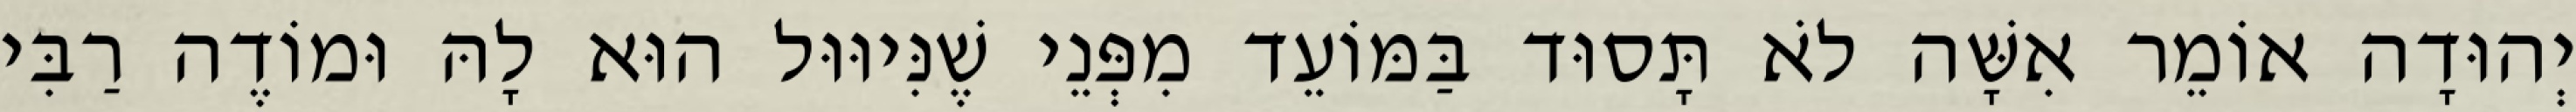
יְהוּדָה אוֹמֵר אִשָּׁה לֹא תָּסוּד בַּמּוֹעֵד מִפְּנֵי שֶׁנִּיוּוּל הוּא לָהּ וּמוֹדֶה רַבִּי